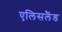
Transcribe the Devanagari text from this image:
एलिसलैंड